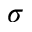
\sigma